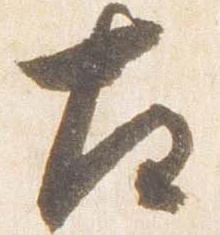
左